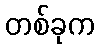
တစ်ခုက